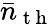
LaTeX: \bar{n}_{\mathrm{~t~h~}}